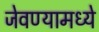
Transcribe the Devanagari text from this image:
जेवण्यामध्ये